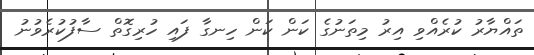
ތައްޔާރު ކުރެއްވި އިރު މިތަނުގެ ކަން ކަން ހިނގާ ފައި ހުރިގޮތް ސާފުކުރެވުނު